Problem: 6 × 3 = ?
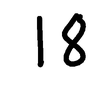
Handwritten answer: 18